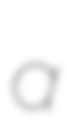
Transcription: a